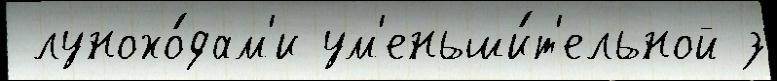
 лунохо́дам'и ум'еньши́т'ельной з